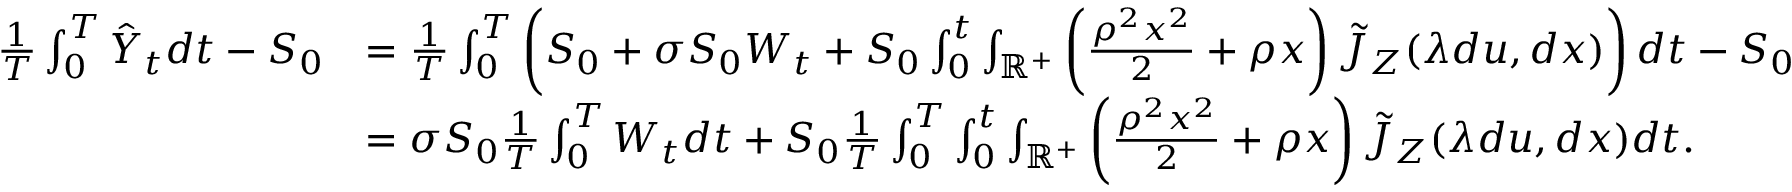
\begin{array} { r l } { \frac { 1 } { T } \int _ { 0 } ^ { T } \hat { Y } _ { t } d t - S _ { 0 } } & { = \frac { 1 } { T } \int _ { 0 } ^ { T } \left( S _ { 0 } + \sigma S _ { 0 } { W } _ { t } + S _ { 0 } \int _ { 0 } ^ { t } \int _ { \mathbb { R } ^ { + } } \left( \frac { \rho ^ { 2 } x ^ { 2 } } { 2 } + \rho x \right) \tilde { J } _ { Z } ( \lambda d u , d x ) \right) d t - S _ { 0 } } \\ & { = \sigma S _ { 0 } \frac { 1 } { T } \int _ { 0 } ^ { T } { W } _ { t } d t + S _ { 0 } \frac { 1 } { T } \int _ { 0 } ^ { T } \int _ { 0 } ^ { t } \int _ { \mathbb { R } ^ { + } } \left( \frac { \rho ^ { 2 } x ^ { 2 } } { 2 } + \rho x \right) \tilde { J } _ { Z } ( \lambda d u , d x ) d t . } \end{array}